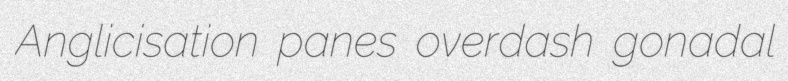
Anglicisation panes overdash gonadal